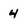
Character: 4